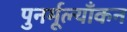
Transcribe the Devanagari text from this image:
पुनर्मूल्याँकन